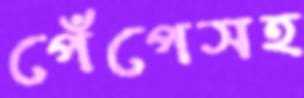
পেঁপেসহ